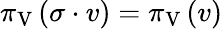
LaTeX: \pi_{\mathrm{V}}\left(\sigma\cdot v\right)=\pi_{\mathrm{V}}\left(v\right)